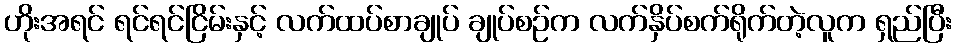
ဟိုးအရင် ရင်ရင်ငြိမ်းနှင့် လက်ထပ်စာချုပ် ချုပ်စဉ်က လက်နှိပ်စက်ရိုက်တဲ့လူက ရှည်ပြီး